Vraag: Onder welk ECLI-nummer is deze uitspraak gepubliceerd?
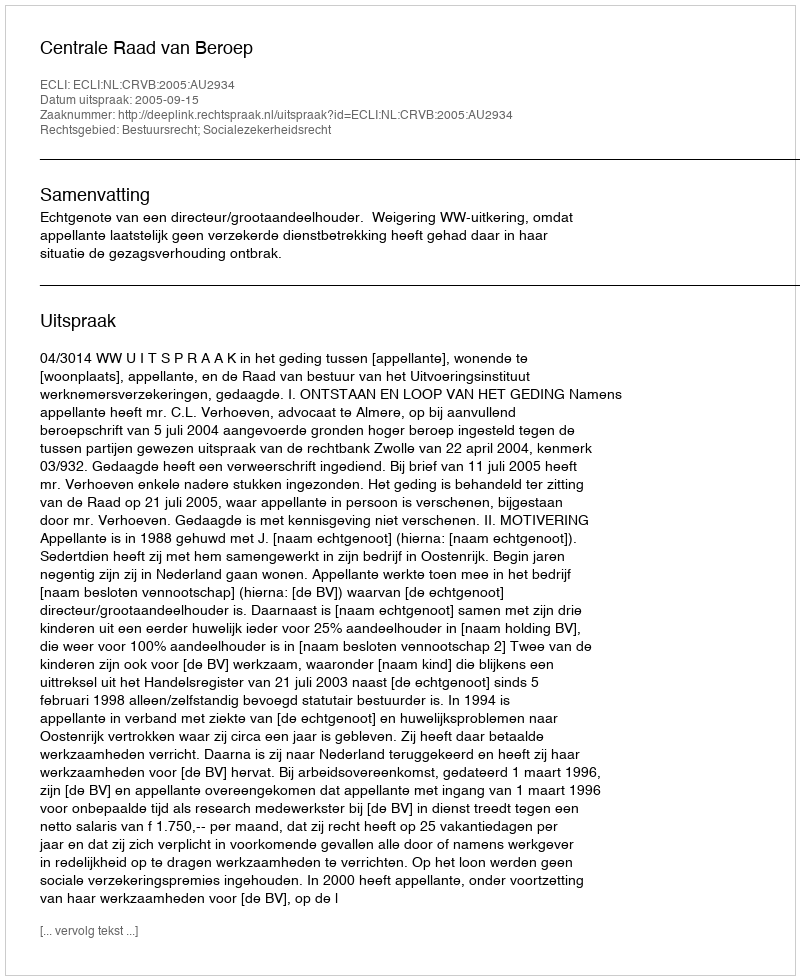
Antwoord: ECLI:NL:CRVB:2005:AU2934